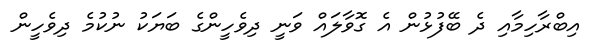
އިބްރާހިމާއި ދެ ބޭފުޅުން އެ ގޮވާލައް ވަނީ ދިވެހީންގެ ބަޔަކު ނުކުމެ ދިވެހީން